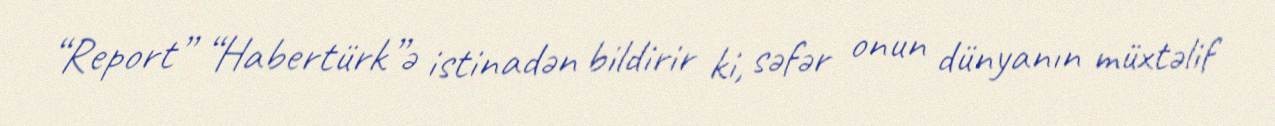
“Report” “Habertürk”ə istinadən bildirir ki, səfər onun dünyanın müxtəlif